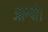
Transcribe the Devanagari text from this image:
जान्यो।